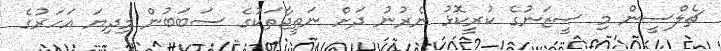
ޗެލްސީން މި ސީޒަނުގެ ކުރީކޮޅު ނެރުނު ދަށް ނަތީޖާތަކުގެ ސަބަބުން މިދިޔަ އަހަރުގެ